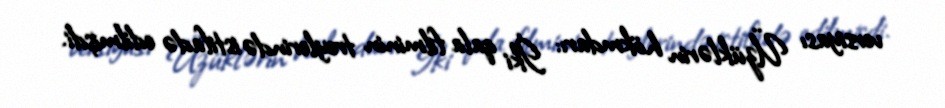
versiyası Üzüklərin hökmdarı: İki qala filminin treylerində istifadə edilmişdi.